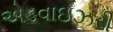
એડવાઇઝરી